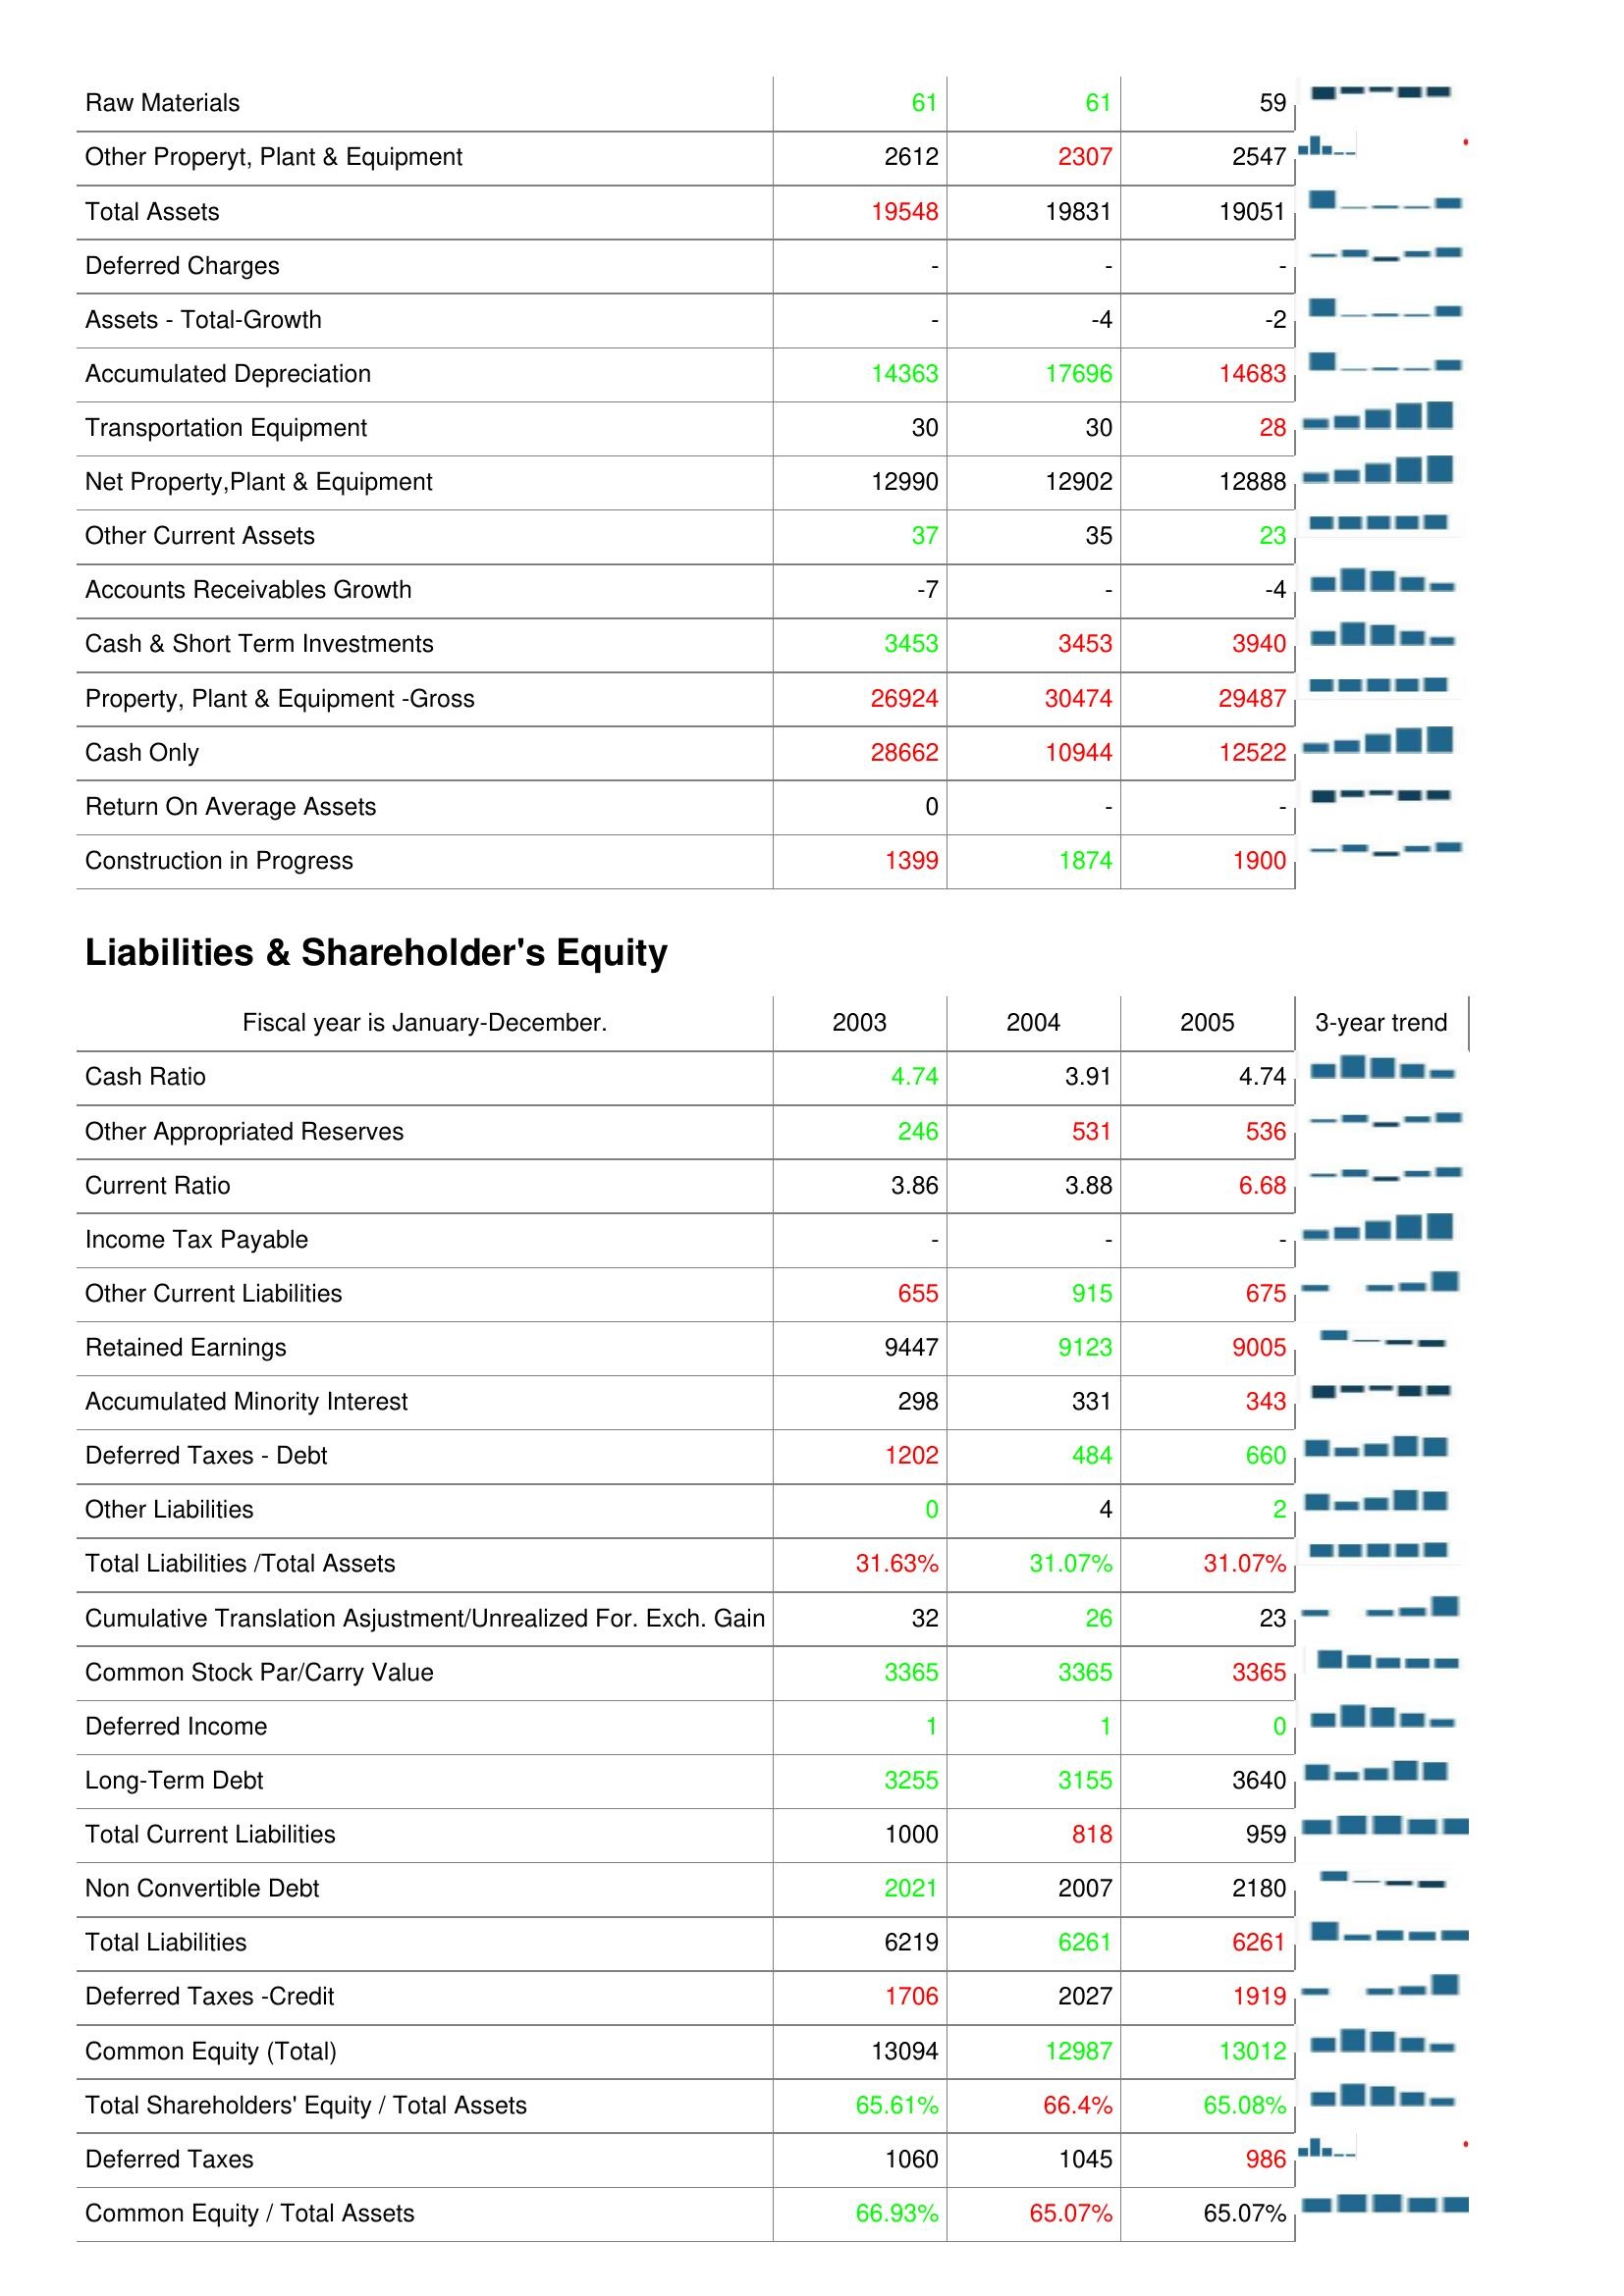
2003: Assets: Raw Materials: 61
Other Properyt, Plant & Equipment: 2612
Total Assets: 19548
Deferred Charges: -
Assets - Total-Growth: -
Accumulated Depreciation: 14363
Transportation Equipment: 30
Net Property,Plant & Equipment: 12990
Other Current Assets: 37
Accounts Receivables Growth: -7
Cash & Short Term Investments: 3453
Property, Plant & Equipment -Gross: 26924
Cash Only: 28662
Return On Average Assets: 0
Construction in Progress: 1399
Liabilities & Shareholder's Equity: Cash Ratio: 4.74
Other Appropriated Reserves: 246
Current Ratio: 3.86
Income Tax Payable: -
Other Current Liabilities: 655
Retained Earnings: 9447
Accumulated Minority Interest: 298
Deferred Taxes - Debt: 1202
Other Liabilities: 0
Total Liabilities /Total Assets: 31.63%
Cumulative Translation Asjustment/Unrealized For. Exch. Gain: 32
Common Stock Par/Carry Value: 3365
Deferred Income: 1
Long-Term Debt: 3255
Total Current Liabilities: 1000
Non Convertible Debt: 2021
Total Liabilities: 6219
Deferred Taxes -Credit: 1706
Common Equity (Total): 13094
Total Shareholders' Equity / Total Assets: 65.61%
Deferred Taxes: 1060
Common Equity / Total Assets: 66.93%
2004: Assets: Raw Materials: 61
Other Properyt, Plant & Equipment: 2307
Total Assets: 19831
Deferred Charges: -
Assets - Total-Growth: -4
Accumulated Depreciation: 17696
Transportation Equipment: 30
Net Property,Plant & Equipment: 12902
Other Current Assets: 35
Accounts Receivables Growth: -
Cash & Short Term Investments: 3453
Property, Plant & Equipment -Gross: 30474
Cash Only: 10944
Return On Average Assets: -
Construction in Progress: 1874
Liabilities & Shareholder's Equity: Cash Ratio: 3.91
Other Appropriated Reserves: 531
Current Ratio: 3.88
Income Tax Payable: -
Other Current Liabilities: 915
Retained Earnings: 9123
Accumulated Minority Interest: 331
Deferred Taxes - Debt: 484
Other Liabilities: 4
Total Liabilities /Total Assets: 31.07%
Cumulative Translation Asjustment/Unrealized For. Exch. Gain: 26
Common Stock Par/Carry Value: 3365
Deferred Income: 1
Long-Term Debt: 3155
Total Current Liabilities: 818
Non Convertible Debt: 2007
Total Liabilities: 6261
Deferred Taxes -Credit: 2027
Common Equity (Total): 12987
Total Shareholders' Equity / Total Assets: 66.4%
Deferred Taxes: 1045
Common Equity / Total Assets: 65.07%
2005: Assets: Raw Materials: 59
Other Properyt, Plant & Equipment: 2547
Total Assets: 19051
Deferred Charges: -
Assets - Total-Growth: -2
Accumulated Depreciation: 14683
Transportation Equipment: 28
Net Property,Plant & Equipment: 12888
Other Current Assets: 23
Accounts Receivables Growth: -4
Cash & Short Term Investments: 3940
Property, Plant & Equipment -Gross: 29487
Cash Only: 12522
Return On Average Assets: -
Construction in Progress: 1900
Liabilities & Shareholder's Equity: Cash Ratio: 4.74
Other Appropriated Reserves: 536
Current Ratio: 6.68
Income Tax Payable: -
Other Current Liabilities: 675
Retained Earnings: 9005
Accumulated Minority Interest: 343
Deferred Taxes - Debt: 660
Other Liabilities: 2
Total Liabilities /Total Assets: 31.07%
Cumulative Translation Asjustment/Unrealized For. Exch. Gain: 23
Common Stock Par/Carry Value: 3365
Deferred Income: 0
Long-Term Debt: 3640
Total Current Liabilities: 959
Non Convertible Debt: 2180
Total Liabilities: 6261
Deferred Taxes -Credit: 1919
Common Equity (Total): 13012
Total Shareholders' Equity / Total Assets: 65.08%
Deferred Taxes: 986
Common Equity / Total Assets: 65.07%